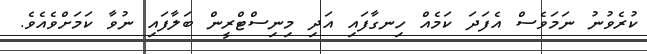
ކުރެވުނު ނަމަވެސް އެފަދަ ކަމެއް ހިނގާފައި އަދި މިނިސްޓްރީން ބަލާފައި ނުވާ ކަމަށްވެއެވެ.